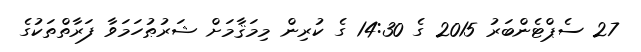
27 ސެޕްޓެންބަރު 2015 ގެ 14:30 ގެ ކުރިން މިމަޤާމަށް ޝަރުޠުހަމަވާ ފަރާތްތަކުގެ